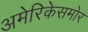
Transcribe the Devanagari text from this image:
अमेरिकेसमोर